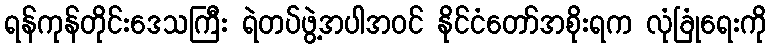
ရန်ကုန်တိုင်းဒေသကြီး ရဲတပ်ဖွဲ့အပါအဝင် နိုင်ငံတော်အစိုးရက လုံခြုံရေးကို